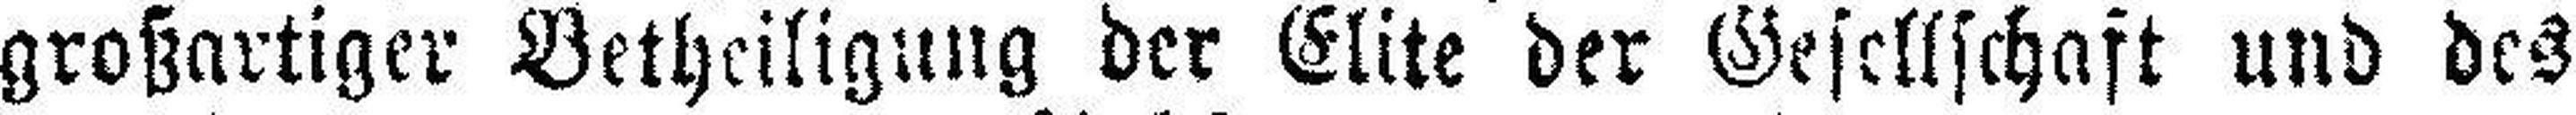
großartiger Betheiligung der Elite der Gesellschaft und des